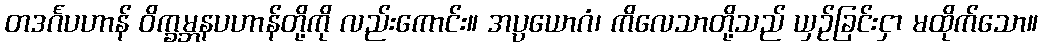
တဒင်္ဂပဟာန် ဝိက္ခမ္ဘနပဟာန်တို့ကို လည်းကောင်း။ အပ္ပယောဂံ၊ ကိလေသာတို့သည် ယှဉ်ခြင်းငှာ မထိုက်သော။